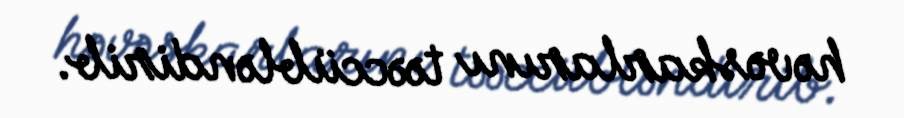
həvəskarlarını təəccübləndirib.